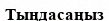
Тыңдасаңыз